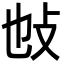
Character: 𢻫